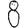
Digit: 8